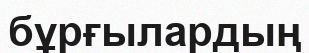
бұрғылардың